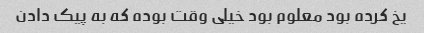
یخ کرده بود معلوم بود خیلی وقت بوده که به پیک دادن